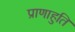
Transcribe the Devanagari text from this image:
प्राणाहुति